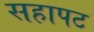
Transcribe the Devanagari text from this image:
सहापट